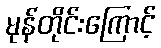
မုန်တိုင်းကြောင့်